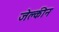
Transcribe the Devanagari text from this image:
जेक्लीन